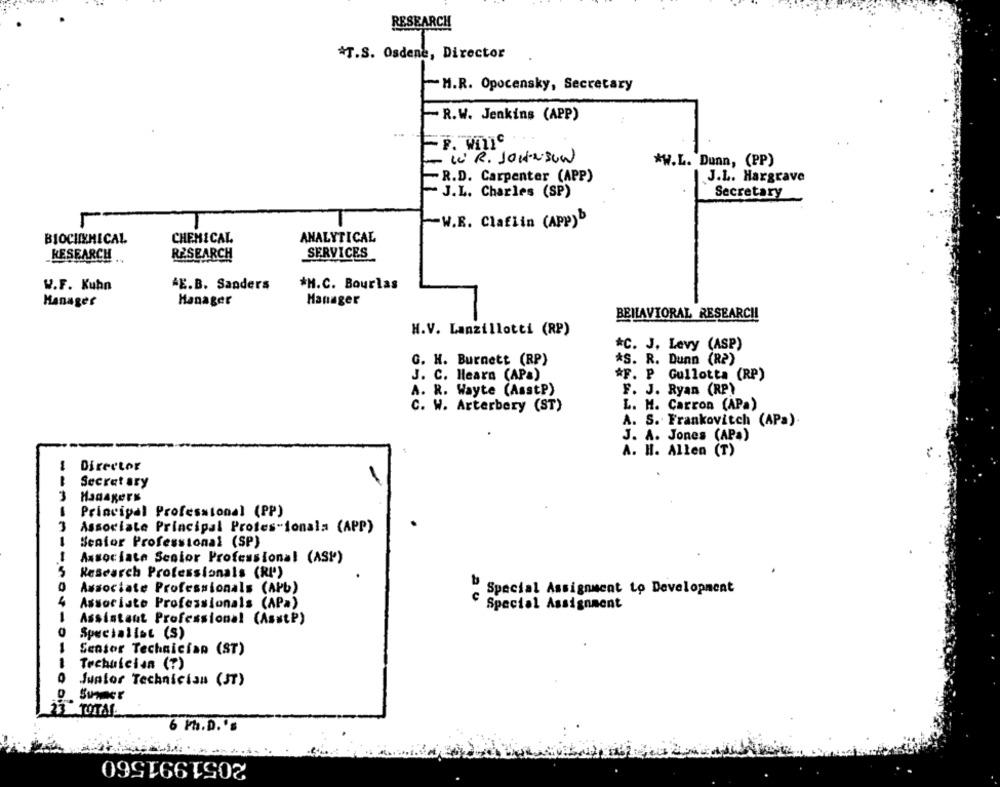
RESEARCH
*T.S. Osdene, Director
-H.R. Opocensky, Secretary
-R.W. Jenkins (APP)
- I R. JOHNSON
*W.L. Dunn, (PP)
-R.D. Carpenter (APP)
J.L. Hargrave
- J.L. Charles (SP)
Secretary
W.E. Claflin (APP)
BIOCHEMICAL
CHEMICAL
ANALYTICAL
RESEARCH ..
RESEARCH
SERVICES
W.F. Kuhn
AE.B. Sanders
*H.C. Bourlas
Hanages
Manager
Manager
BEHAVIORAL RESEARCH
H.V. Lanzillotti (RP)
*C. J. Levy (ASP)
G. H. Burnett (RP)
*S. R. Dunn (R2)
J. C. Heara (APa)
*F. P Gullotta (RP)
A. R. Wayte (Asstp)
F. J. Ryan (RP)
C. W. Arterbery (ST)
L. M. Carron (APa)
A. S. Frankovitch (APa).
J. A. Jones (APa)
A. H. Allen (T)
Director
Secretary
3
Managers
Principal Professional (PP)
3
Associate Principal Protes-ionals (APP)
-
Senior Professional (SP)
1
Associate Senior Professional (ASP)
5 Research Professionals (RI)
Associate Professionals (APb)
Special Assignment to Development
4
Associate Professionals (APa)
Special Assignment
1
Assistant Professional (AsstP)
Specialist (S)
-
Sentor Technician (ST)
Technician (?)
Junior Technician (ST)
23 TOTAL.
6 Ph.D.'s
2051991560